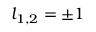
l _ { 1 , 2 } = \pm 1